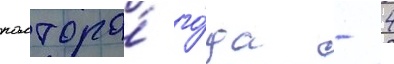
полтора́ го́да - 4